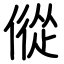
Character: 傱